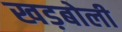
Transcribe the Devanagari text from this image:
खड़बोली